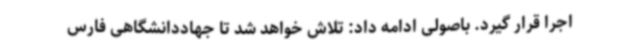
اجرا قرار گیرد. باصولی ادامه داد: تلاش خواهد شد تا جهاددانشگاهی فارس